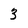
Character: 3